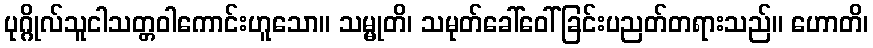
ပုဂ္ဂိုလ်သူငါသတ္တဝါကောင်းဟူသော။ သမ္မုတိ၊ သမုတ်ခေါ်ဝေါ်ခြင်းပညတ်တရားသည်။ ဟောတိ၊